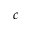
c